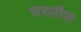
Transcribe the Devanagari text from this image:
सरलीफ